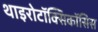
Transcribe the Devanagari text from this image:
थाइरोटॉक्सिकॉसिस